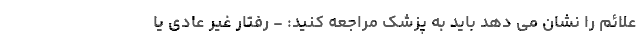
علائم را نشان می دهد باید به پزشک مراجعه کنید: - رفتار غیر عادی یا